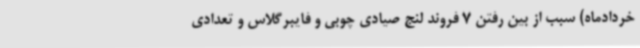
خردادماه) سبب از بین رفتن 7 فروند لنج صیادی چوبی و فایبرگلاس و تعدادی